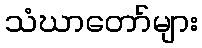
သံဃာတော်များ